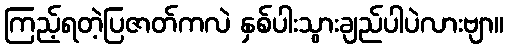
ကြည့်ရတဲ့ပြဇာတ်ကလဲ နှစ်ပါးသွားချည်ပါပဲလားဗျာ။